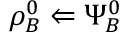
\rho _ { B } ^ { 0 } \Leftarrow \Psi _ { B } ^ { 0 }